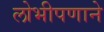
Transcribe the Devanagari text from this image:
लोभीपणाने